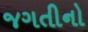
જગતીનો